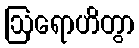
ဩရောဟိတွာ